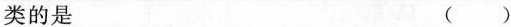
类的是 ( )